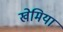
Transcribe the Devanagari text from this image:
खेमिया